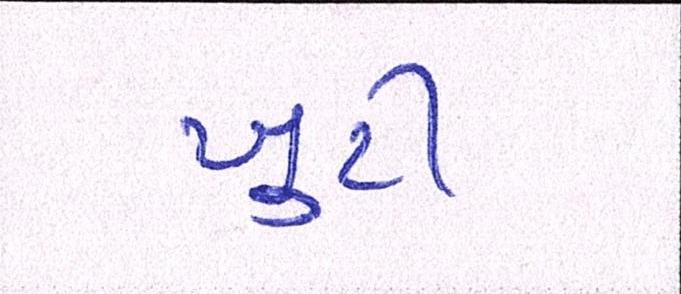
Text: ખુટી